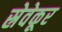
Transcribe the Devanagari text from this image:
स्रेवेकूर